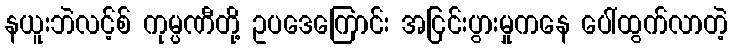
နယူးဘဲလင့်စ် ကုမ္ပဏီတို့ ဥပဒေကြောင်း အငြင်းပွားမှုကနေ ပေါ်ထွက်လာတဲ့